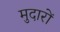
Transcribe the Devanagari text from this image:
मुदारों